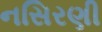
નસિરણી